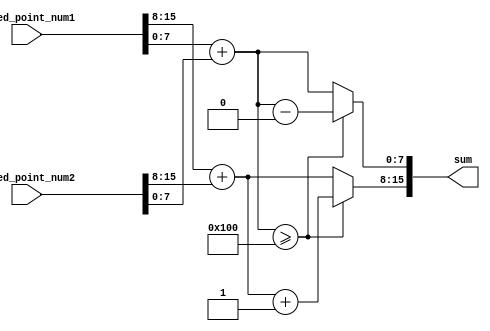
module fixed_point_adder (
  input [N-1:0] fixed_point_num1,
  input [N-1:0] fixed_point_num2,
  output reg [N-1:0] sum
);

parameter N = 16; // total number of bits for fixed-point numbers
parameter M = 8; // number of bits for integer part
parameter L = 8; // number of bits for fractional part

reg [M+L-1:0] integer_sum;
reg [L-1:0] fractional_sum;

always @* begin
  integer_sum = fixed_point_num1[M+L-1:M] + fixed_point_num2[M+L-1:M];
  fractional_sum = fixed_point_num1[L-1:0] + fixed_point_num2[L-1:0];
  
  if (fractional_sum >= (1 << L)) begin
    integer_sum = integer_sum + 1;
    fractional_sum = fractional_sum - (1 << L);
  end
end

assign sum = {integer_sum, fractional_sum};

endmodule